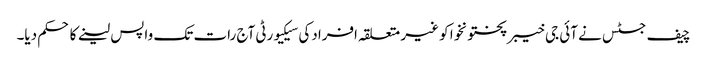
چیف جسٹس نے آئی جی خیبرپختونخوا کو غیر متعلقہ افرادکی سیکیورٹی آج رات تک واپس لینے کا حکم دیا۔